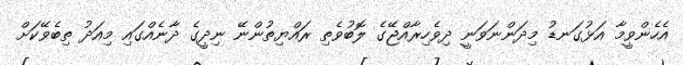
އެހެންވީމާ އަޅުގަނޑު މިދަންނަވަނީ ދިވެހިރާއްޖޭގެ ލޮބުވެތި ރައްޔިތުންނޭ ނިދީގެ ދާނެއްގައި މިއަދު ތިބެވޭކަށް